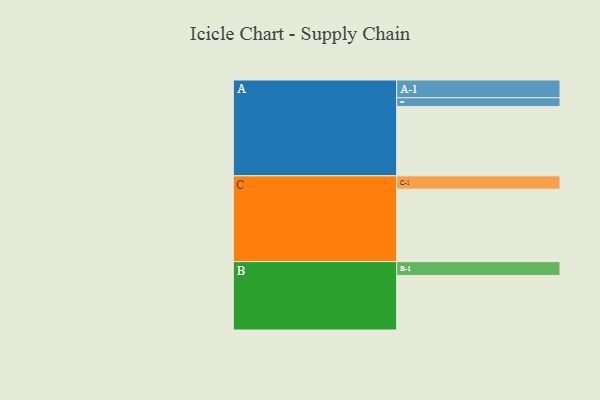
{"axis": {"x": "Segment", "y": "Value"}, "legend": ["", "A", "B", "C"], "data": [{"x": "A", "y": 552, "type": ""}, {"x": "B", "y": 435, "type": ""}, {"x": "C", "y": 578, "type": ""}, {"x": "A-1", "y": 142, "type": "A"}, {"x": "A-2", "y": 70, "type": "A"}, {"x": "B-1", "y": 110, "type": "B"}, {"x": "C-1", "y": 106, "type": "C"}]}